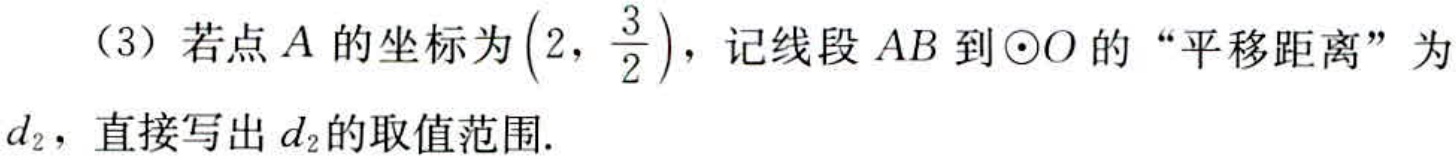
（3）若点\(A\)的坐标为\(\left(2,\frac{3}{2}\right)\)，记线段\(AB\)到\(\odot O\)的“平移距离”为\(d_{2}\)，直接写出\(d_{2}\)的取值范围.